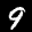
Label: 9